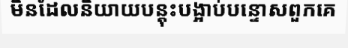
មិនដែលនិយាយបន្តុះបង្អាប់បន្ទោសពួកគេ